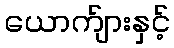
ယောက်ျားနှင့်